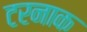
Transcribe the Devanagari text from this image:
टरनाक